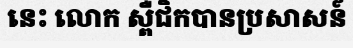
នេះ លោក ស្ពឺជិកបានប្រសាសន៍